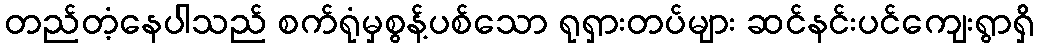
တည်တံ့နေပါသည် စက်ရုံမှစွန့်ပစ်သော ရုရှားတပ်များ ဆင်နင်းပင်ကျေးရွာရှိ